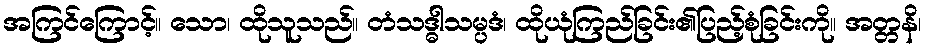
အကြင်ကြောင့်။ သော၊ ထိုသူသည်။ တံသဒ္ဓါသမ္ပဒံ၊ ထိုယုံကြည်ခြင်း၏ပြည့်စုံခြင်းကို။ အတ္တနိ၊